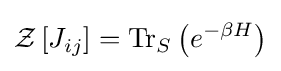
{\mathcal {Z}}\left[J_{ij}\right]=\operatorname {Tr} _{S}\left(e^{-\beta H}\right)